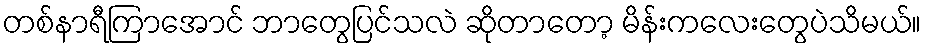
တစ်နာရီကြာအောင် ဘာတွေပြင်သလဲ ဆိုတာတော့ မိန်းကလေးတွေပဲသိမယ်။